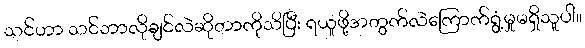
သင်ဟာ သင်ဘာလိုချင်လဲဆိုတာကိုသိပြီး ရယူဖို့အတွက်လဲကြောက်ရွံ့မှုမရှိသူပါ။